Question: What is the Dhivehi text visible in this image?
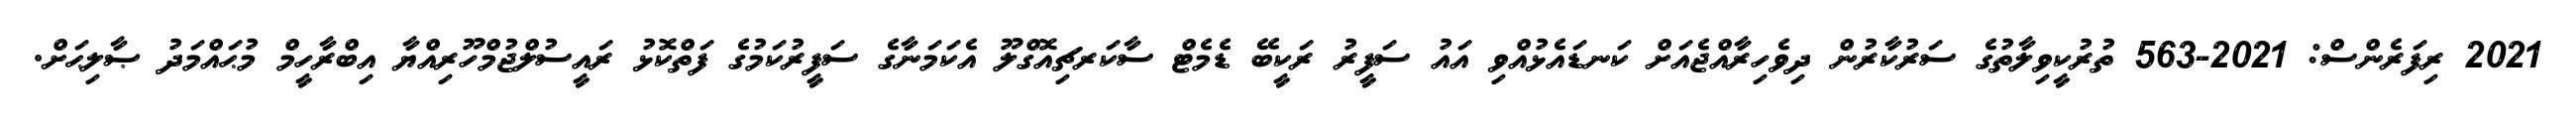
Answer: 2021 ރިފަރެންސް: 2021-563 ތުރުކީވިލާތުގެ ސަރުކާރުން ދިވެހިރާއްޖެއަށް ކަނޑައެޅުއްވި އައު ސަފީރު ރަކީބޭ ޑެމެޓް ސާކަރޗިއޮގްލޫ އެކަމަނާގެ ސަފީރުކަމުގެ ފަތްކޮޅު ރައީސުލްޖުމްހޫރިއްޔާ އިބްރާހީމް މުޙައްމަދު ޞާލިޙަށް.